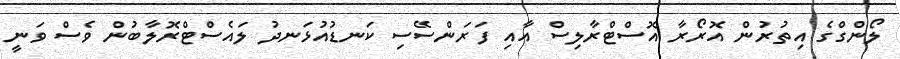
ލޯންގްގެ އިތުރުން އޮރޯރާ އޮސްޓްރާލިސް އާއި ފަރަންސޭސި ކަނޑުއުޅަނދު ލައެސްޓްރޮލާބުން ވެސް ވަނީ